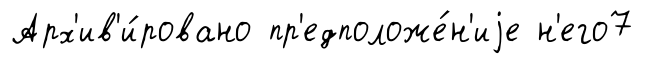
Арх'ив'и́ровано пр'едположе́н'иjе н'его7